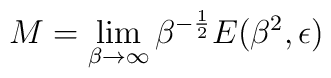
M = \lim_{ \beta\rightarrow \infty}  \beta^{-{1\over 2}}E( \beta^2, \epsilon)